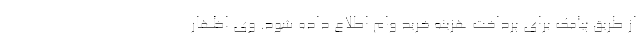
از طریق پیامک برای پرداخت هزینه خرید وام اطلاع داده شود. وی اظهار